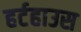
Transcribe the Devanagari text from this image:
हर्टहाउस